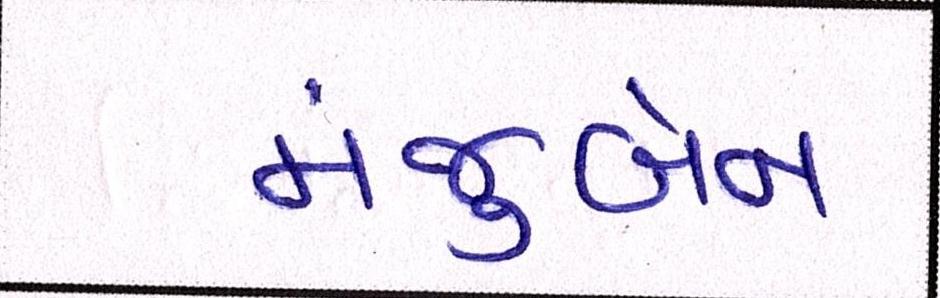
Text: મંજુબેન